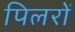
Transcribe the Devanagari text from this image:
पिलरों